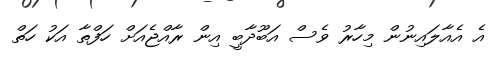
އެ އެއާލައިނުން މިހާރު ވެސް އަބޫދާބީ އިން ރާއްޖެއަށް ހަފްތާ އަކު ހަތް